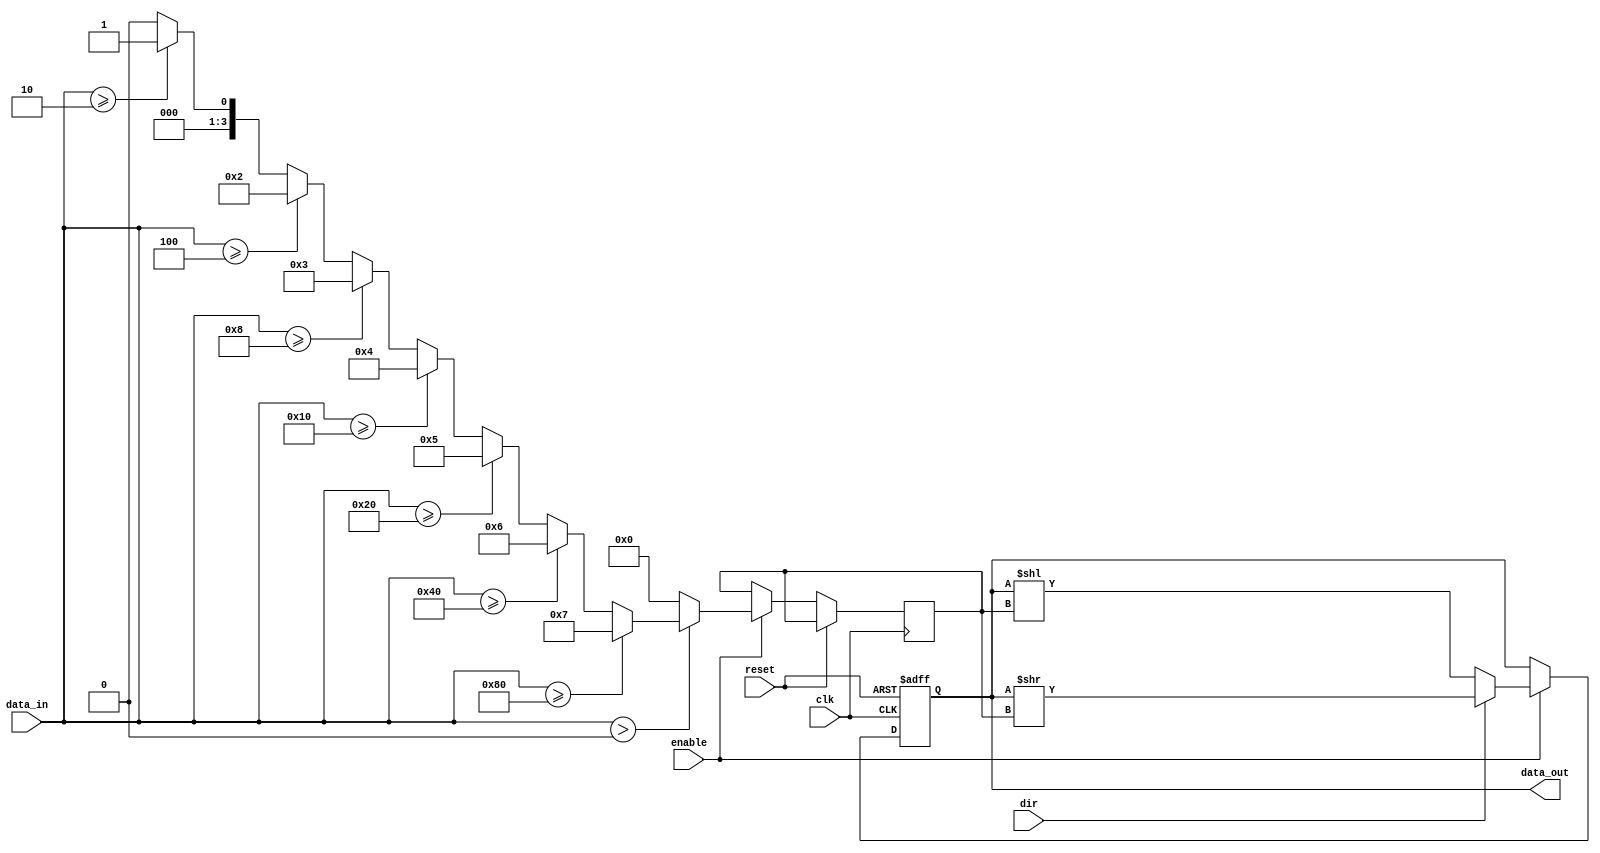
module LogarithmicShiftRegister #(
    parameter N = 8 // Width of the register
)(
    input wire clk,            // Clock signal
    input wire reset,          // Reset signal
    input wire enable,         // Enable signal for shifting
    input wire dir,            // Direction: 0 for left, 1 for right
    input wire [N-1:0] data_in, // Input data
    output reg [N-1:0] data_out // Output data
);

// Internal signal for logarithmic shift amount
reg [3:0] shift_amount; // Assuming max log2(N) for N=8 is 3

// Function to calculate log2 of the input
function [3:0] log2;
    input [N-1:0] value;
    integer i;
    begin
        log2 = 0;
        if (value > 0) begin
            for (i = 0; i < N; i = i + 1) begin
                if (value >= (1 << i)) begin
                    log2 = i;
                end
            end
        end
    end
endfunction

// Always block for shift register operation
always @(posedge clk or posedge reset) begin
    if (reset) begin
        data_out <= 0; // Initialize output to zero on reset
    end else if (enable) begin
        // Calculate the logarithmic shift amount
        shift_amount <= log2(data_in);

        // Perform the shift operation based on the direction
        if (dir == 1'b0) begin // Left shift
            data_out <= data_out << shift_amount; // Shift left
        end else begin // Right shift
            data_out <= data_out >> shift_amount; // Shift right
        end
    end
end

endmodule